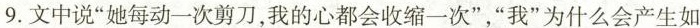
9.文中说”她每动一次剪刀，我的心都会收缩一次”，”我”为什么会产生如